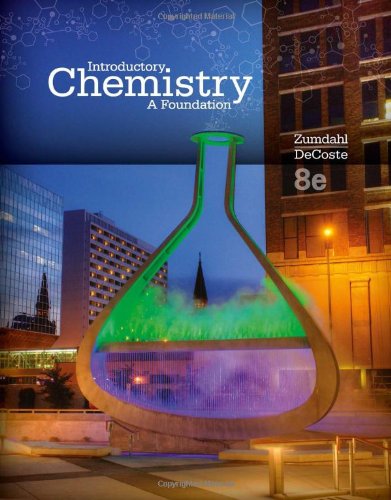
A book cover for Introductory Chemistry: A Foundation; Steven S. Zumdahl; Science & Math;